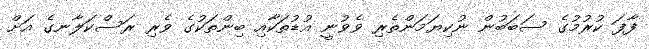
ފާފަ ކުރުމުގެ ސަބަބުން ނުކިޔަމަންތެރި ވެވުނީ އުޑުތަކާއި ބިންތަކުގެ ވެރި ރަސްކަލާނގެ އަށް